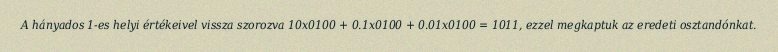
A hányados 1-es helyi értékeivel vissza szorozva 10x0100 + 0.1x0100 + 0.01x0100 = 1011, ezzel megkaptuk az eredeti osztandónkat.